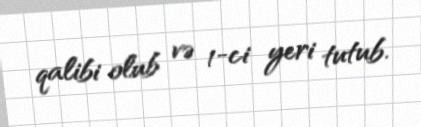
qalibi olub və 1-ci yeri tutub.